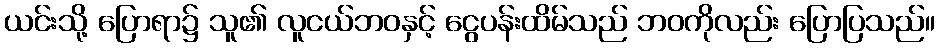
ယင်းသို့ ပြောရာ၌ သူ၏ လူငယ်ဘဝနှင့် ငွေပန်းထိမ်သည် ဘဝကိုလည်း ပြောပြသည်။